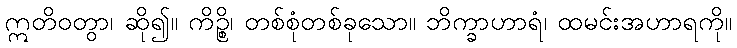
ဣတိဝတွာ၊ ဆို၍။ ကိဉ္စိ၊ တစ်စုံတစ်ခုသော။ ဘိက္ခာဟာရံ၊ ထမင်းအဟာရကို။